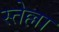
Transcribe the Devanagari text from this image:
स्तेल्ला